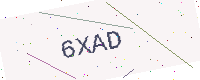
Text: 6XAD